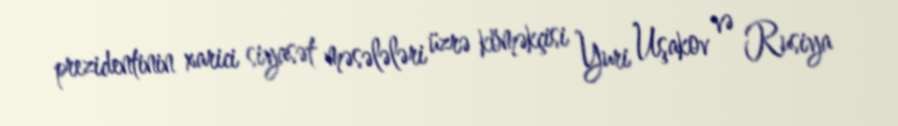
prezidentinin xarici siyasət məsələləri üzrə köməkçisi Yuri Uşakov və Rusiya